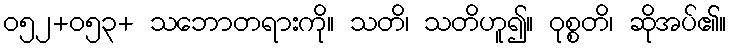
ဝ၅၂+၀၅၃+ သဘောတရားကို။ သတိ၊ သတိဟူ၍။ ဝုစ္စတိ၊ ဆိုအပ်၏။